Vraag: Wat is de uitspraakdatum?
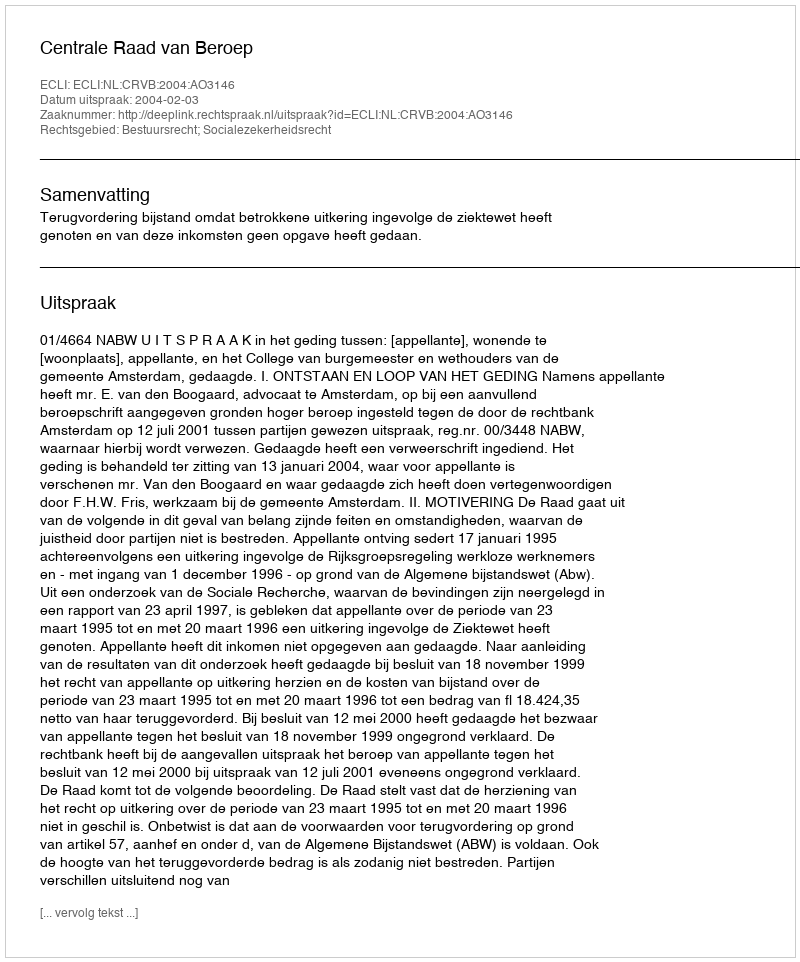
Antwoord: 2004-02-03